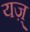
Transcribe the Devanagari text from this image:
यज़्